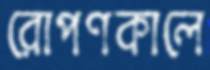
রোপণকালে